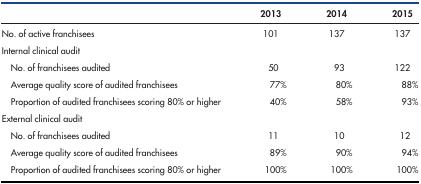
|  | 2013 | 2014 | 2015 |
 | --- | --- | --- | --- |
 | No. of active franchisees | 101 | 137 | 137 |
 | Internal clinical audit |  |  |  |
 | No. of franchisees audited | 50 | 93 | 122 |
 | Average quality score of audited franchisees | 77% | 80% | 88% |
 | Proportion of audited franchisees scoring 80% or higher | 40% | 58% | 93% |
 | External clinical audit |  |  |  |
 | No. of franchisees audited | 11 | 10 | 12 |
 | Average quality score of audited franchisees | 89% | 90% | 94% |
 | Proportion of audited franchisees scoring 80% or higher | 100% | 100% | 100% |